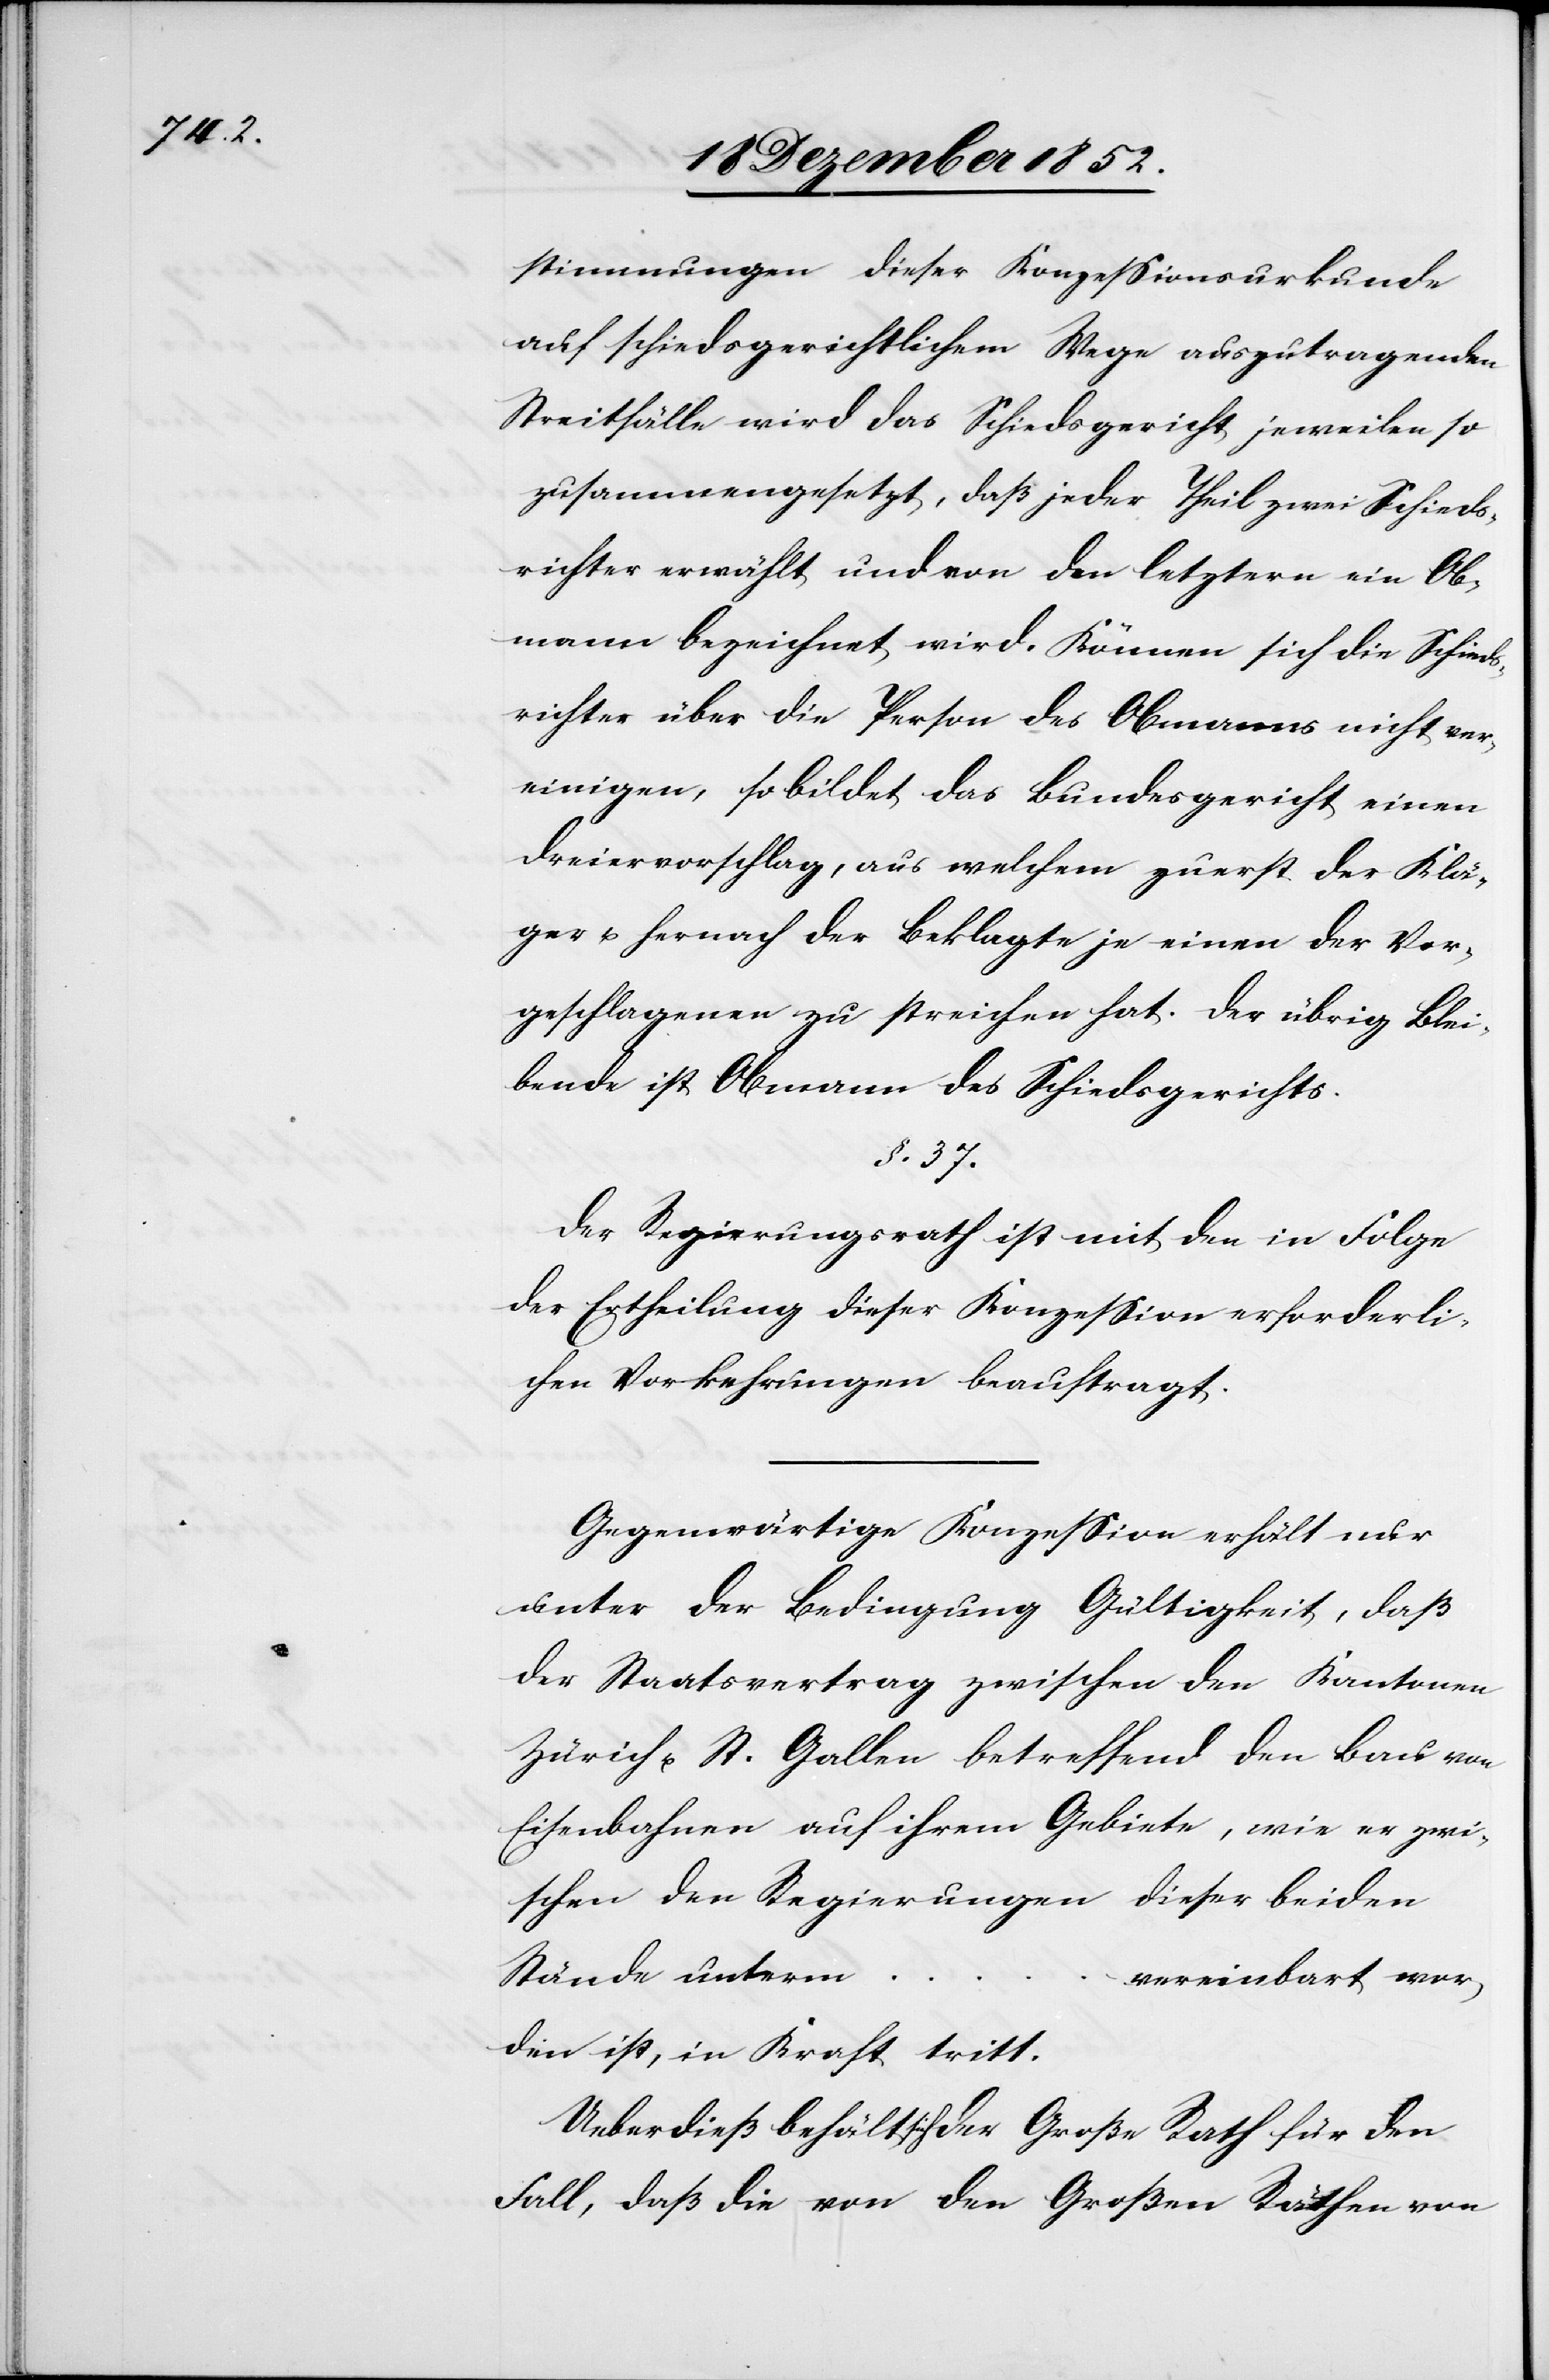
_______
stimmungen dieser Konzessionsurkunde
auf schiedsgerichtlichem Wege auszutragenden
Streitfälle wird das Schiedsgericht jeweilen so
zusammengesetzt, daß jeder Theil zwei Schieds¬
richter erwählt und von den letztern ein Ob¬
mann bezeichnet wird. Können sich die Schieds¬
richter über die Person des Obmanns nicht ver¬
einigen, so bildet das Bundesgericht einen
Dreiervorschlag, aus welchem zuerst der Klä¬
ger u. hernach der Beklagte je einen der Vor¬
geschlagenen zu streichen hat. Der übrig Blei¬
bende ist Obmann des Schiedsgerichts.
§. 37.
Der Regierungsrath ist mit den in Folge
der Ertheilung dieser Konzession erforderli¬
chen Vorkehrungen beauftragt.
Gegenwärtige Konzession erhält nur
unter der Bedingung Gültigkeit, daß
der Staatsvertrag zwischen den Kantonen
Zürich u. St. Gallen betreffend den Bau von
Eisenbahnen auf ihrem Gebiete, wie er zwi¬
schen den Regierungen dieser beiden
Stände unterm
vereinbart wor¬
den ist, in Kraft tritt.
Ueberdieß behält sich der Große Rath für den
Fall, daß die von den Großen Räthen von